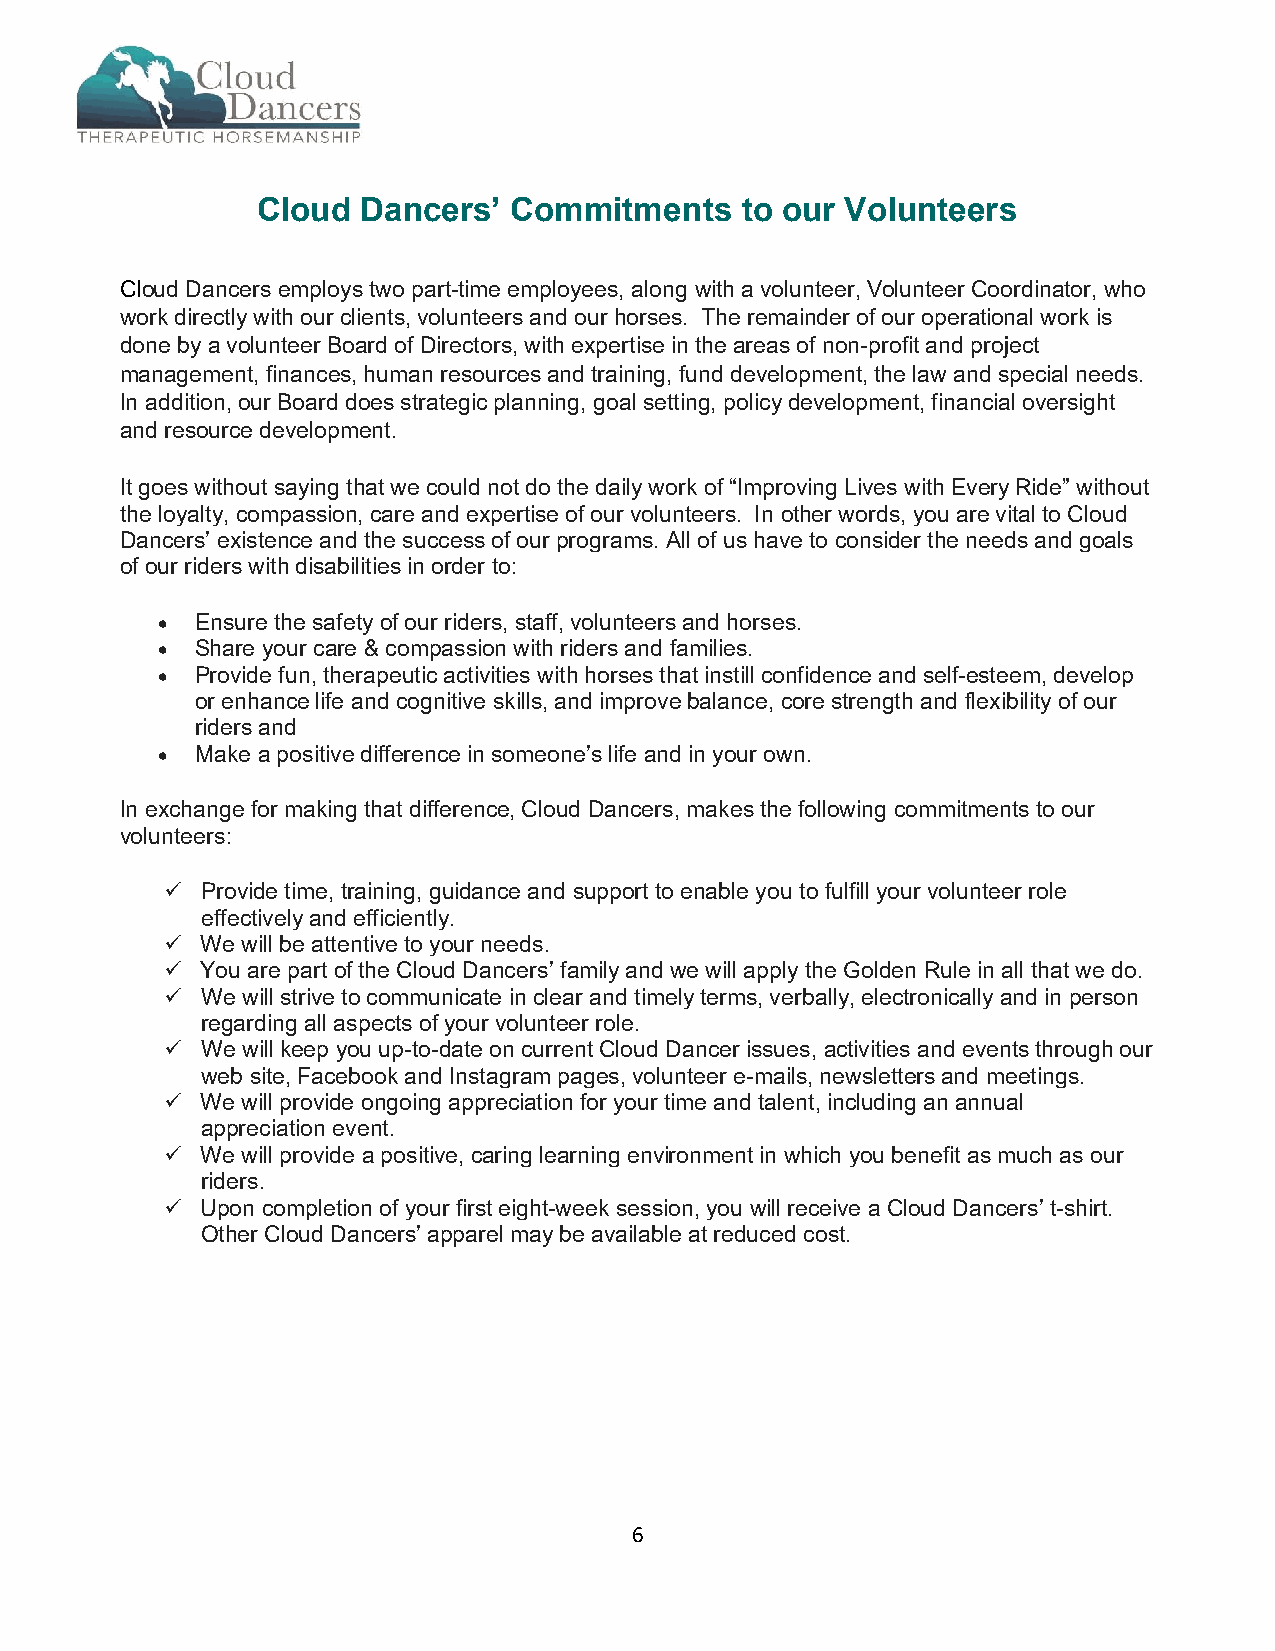
Cloud  Dancers’  Commitments    to our Volunteers
 Cloud Dancers employs two part-time employees, along with a volunteer, Volunteer Coordinator, who
 work directly with our clients, volunteers and our horses. The remainder of our operational work is
 done by a volunteer Board of Directors, with expertise in the areas of non-profit and project
 management, finances, human resources and training, fund development, the law and special needs.
 In addition, our Board does strategic planning, goal setting, policy development, financial oversight
 and resource development.
 It goes without saying that we could not do the daily work of “Improving Lives with Every Ride” without
 the loyalty, compassion, care and expertise of our volunteers. In other words, you are vital to Cloud
 Dancers’ existence and the success of our programs. All of us have to consider the needs and goals
 of our riders with disabilities in order to:
   Ensure the safety of our riders, staff, volunteers and horses.
   Share your care & compassion with riders and families.
   Provide fun, therapeutic activities with horses that instill confidence and self-esteem, develop
 or enhance life and cognitive skills, and improve balance, core strength and flexibility of our
 riders and
   Make a positive difference in someone’s life and in your own.
 In exchange for making that difference, Cloud Dancers, makes the following commitments to our
 volunteers:
  Provide time, training, guidance and support to enable you to fulfill your volunteer role
 effectively and efficiently.
  We will be attentive to your needs.
  You are part of the Cloud Dancers’ family and we will apply the Golden Rule in all that we do.
  We will strive to communicate in clear and timely terms, verbally, electronically and in person
 regarding all aspects of your volunteer role.
  We will keep you up-to-date on current Cloud Dancer issues, activities and events through our
 web site, Facebook and Instagram pages, volunteer e-mails, newsletters and meetings.
  We will provide ongoing appreciation for your time and talent, including an annual
 appreciation event.
  We will provide a positive, caring learning environment in which you benefit as much as our
 riders.
  Upon completion of your first eight-week session, you will receive a Cloud Dancers’ t-shirt.
 Other Cloud Dancers’ apparel may be available at reduced cost.
 6